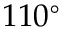
1 1 0 ^ { \circ }